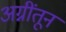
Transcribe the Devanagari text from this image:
अग्नींतून